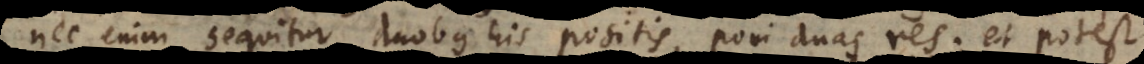
nec enim sequitur duobus his positis, poni duas res; et potest